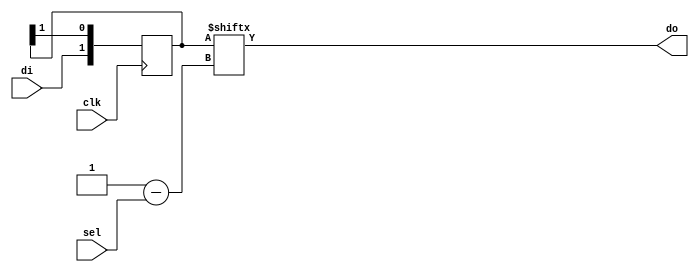
module top (input clk, sel, di, output do);
        reg [0:1] data [0:0];
        always @(posedge clk)
                data[0] <= {di, data[0][0]};
        assign do = data[0][sel];
endmodule